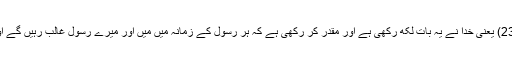
جیسا کہ وہ فرماتا ہے : کَتَبَ اللّٰہُ لَاَغْلِبَنَّ اَنَا وَرُسُلِیْ (المجادلۃ:23) یعنی خدا نے یہ بات لکھ رکھی ہے اور مقدر کر رکھی ہے کہ ہر رسول کے زمانہ میں مَیں اور میرے رسول غالب رہیں گے اور کوئی شیطانی حربہ ہمارے مقابلہ پر کامیاب نہیں ہو سکتا۔